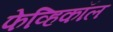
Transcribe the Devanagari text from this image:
फेव्हिकॉल